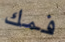
فمك